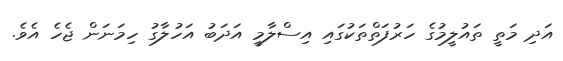
އަދި މަތީ ތައުލީމުގެ ހަރުފަތްތަކުގައި އިސްލާމީ އަދަބު އަހުލާގު ހިމަނަން ޖެހެ އެވެ.